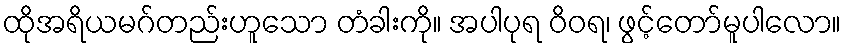
ထိုအရိယမဂ်တည်းဟူသော တံခါးကို။ အပါပုရ ဝိဝရ၊ ဖွင့်တော်မူပါလော။